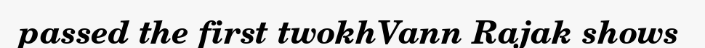
passed the first twokhVann Rajak shows